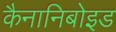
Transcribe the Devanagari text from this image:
कैनानिबोइड